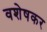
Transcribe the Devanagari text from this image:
वशेषकर